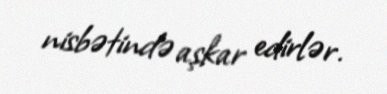
nisbətində aşkar edirlər.